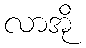
လာအို